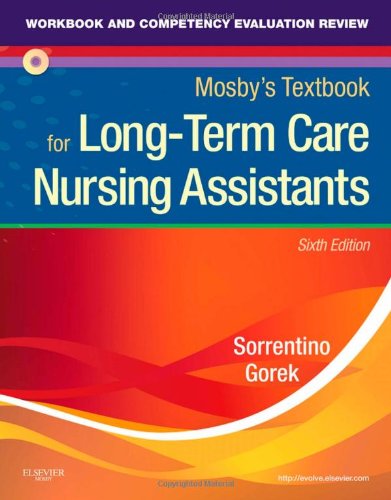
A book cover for Workbook and Competency Evaluation Review for Mosby's Textbook for Long-Term Care Nursing Assistants, 6e; Sheila A. Sorrentino PhD  RN; Medical Books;